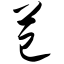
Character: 芑